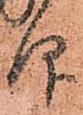
仰